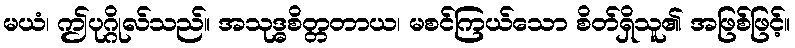
မယံ၊ ဤပုဂ္ဂိုလ်သည်။ အသုဒ္ဓစိတ္တတာယ၊ မစင်ကြယ်သော စိတ်ရှိသူ၏ အဖြစ်ဖြင့်။